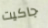
جاكيت